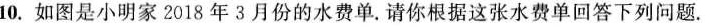
10.如图是小明家2018年3月份的水费单。请你根据这张水费单回答下列问题。